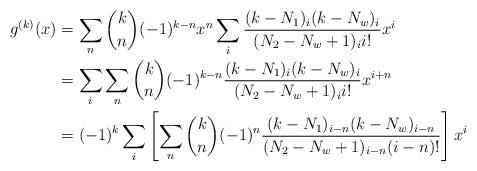
LaTeX: \begin{align*}g^{(k)}(x)& =\sum_{n}{\binom{k}{n}}(-1)^{k-n}x^{n}\sum_{i}\frac{(k-N_{1})_{i}(k-N_{w})_{i}}{(N_{2}-N_{w}+1)_{i}i!}x^{i} \\& =\sum_{i}\sum_{n}{\binom{k}{n}}(-1)^{k-n}\frac{(k-N_{1})_{i}(k-N_{w})_{i}}{(N_{2}-N_{w}+1)_{i}i!}x^{i+n} \\& =(-1)^{k}\sum_{i}\left[ \sum_{n}{\binom{k}{n}}(-1)^{n}\frac{(k-N_{1})_{i-n}(k-N_{w})_{i-n}}{(N_{2}-N_{w}+1)_{i-n}(i-n)!}\right] x^{i}\end{align*}